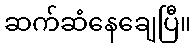
ဆက်ဆံနေချေပြီ။